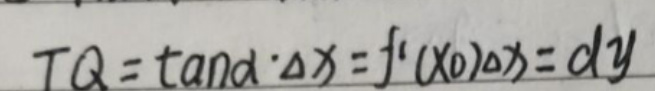
\[
TQ = \tan\alpha\cdot\Delta x = f'(x_0)\Delta x = dy
\]